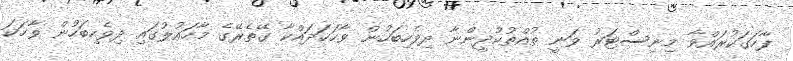
ފާހަގަކުރައްވާ މިނިސްޓަރު ވަނީ ތުއްތުކުދީންނާ ދިވެހިބަހުން ވާހަކަދައްކާ ގޭތެރޭގެ މާހައުލުގައި ދިވެހިބަހުން ވާހަކަ